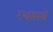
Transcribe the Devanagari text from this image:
रथामधे